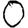
Digit: 0